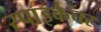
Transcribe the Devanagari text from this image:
स्पाइकैचर